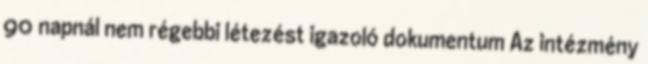
90 napnál nem régebbi létezést igazoló dokumentum Az intézmény